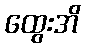
ထွေးအိ